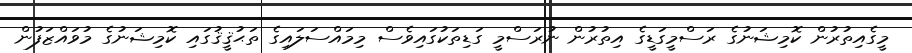
މީގެއިތުރުން ކޮމިޝަނުގެ ރަސްމީގަޑީގެ އިތުރުން ނުރަސްމީ ގަޑިތަކުގައިވެސް މިމައްސަލައިގެ ތަޙުޤީޤުގައި ކޮމިޝަނުގެ މުވައްޒަފުން